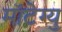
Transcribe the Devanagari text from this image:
मॉटेग्यु